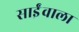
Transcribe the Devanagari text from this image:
साईंवाला